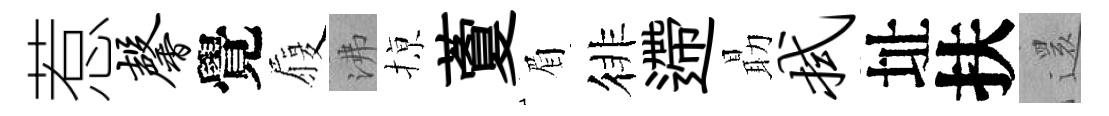
惹馨覺履沸𢱊藑眉徘遰朂拭址扶𮟃